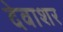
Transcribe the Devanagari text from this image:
देवाशर